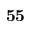
\mathbf { 5 5 }